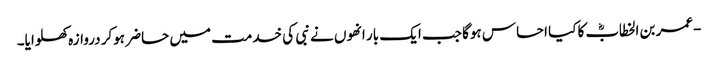
-عمر بن الخطابؓ کا کیا احساس ہوگا جب ایک بار انھوں نے نبی کی خدمت میں حاضر ہوکر دروازہ کھلوایا۔